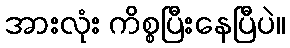
အားလုံး ကိစ္စပြီးနေပြီပဲ။